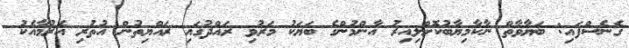
ގެނެސްފައި: ބަޔާވާތް ނާކާމިޔާބުކޮށްލިއިރު އާންމުންގެ ބަޔަކު މަރުވި ރައްދުގައި ރައްޔިތުން އުތުރި އެރުމާއެކު